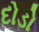
દોડો